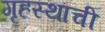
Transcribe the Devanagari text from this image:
गृहस्थाची